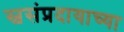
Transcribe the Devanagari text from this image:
स्वसंप्रदायाच्या